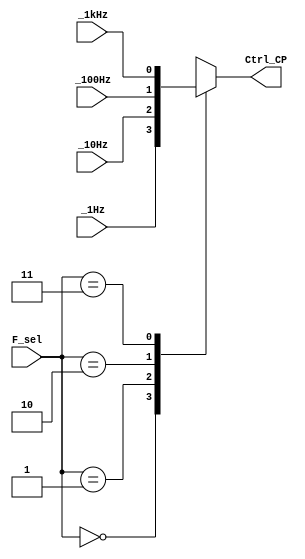

module Mux4to1(Ctrl_CP, _1Hz, _10Hz, _100Hz, _1kHz, F_sel);
output reg 	Ctrl_CP;
input  		_1Hz, _10Hz, _100Hz, _1kHz;
input [1:0] F_sel;

always @(F_sel) //F_sel or _1kHz or _100Hz or _10Hz or _1Hz | F_sel
begin
	case(F_sel)
		2'b00: Ctrl_CP <= _1Hz;
		2'b01: Ctrl_CP <= _10Hz;
		2'b10: Ctrl_CP <= _100Hz;
		2'b11: Ctrl_CP <= _1kHz;	
		default: Ctrl_CP <= _1kHz;
	endcase
end
endmodule